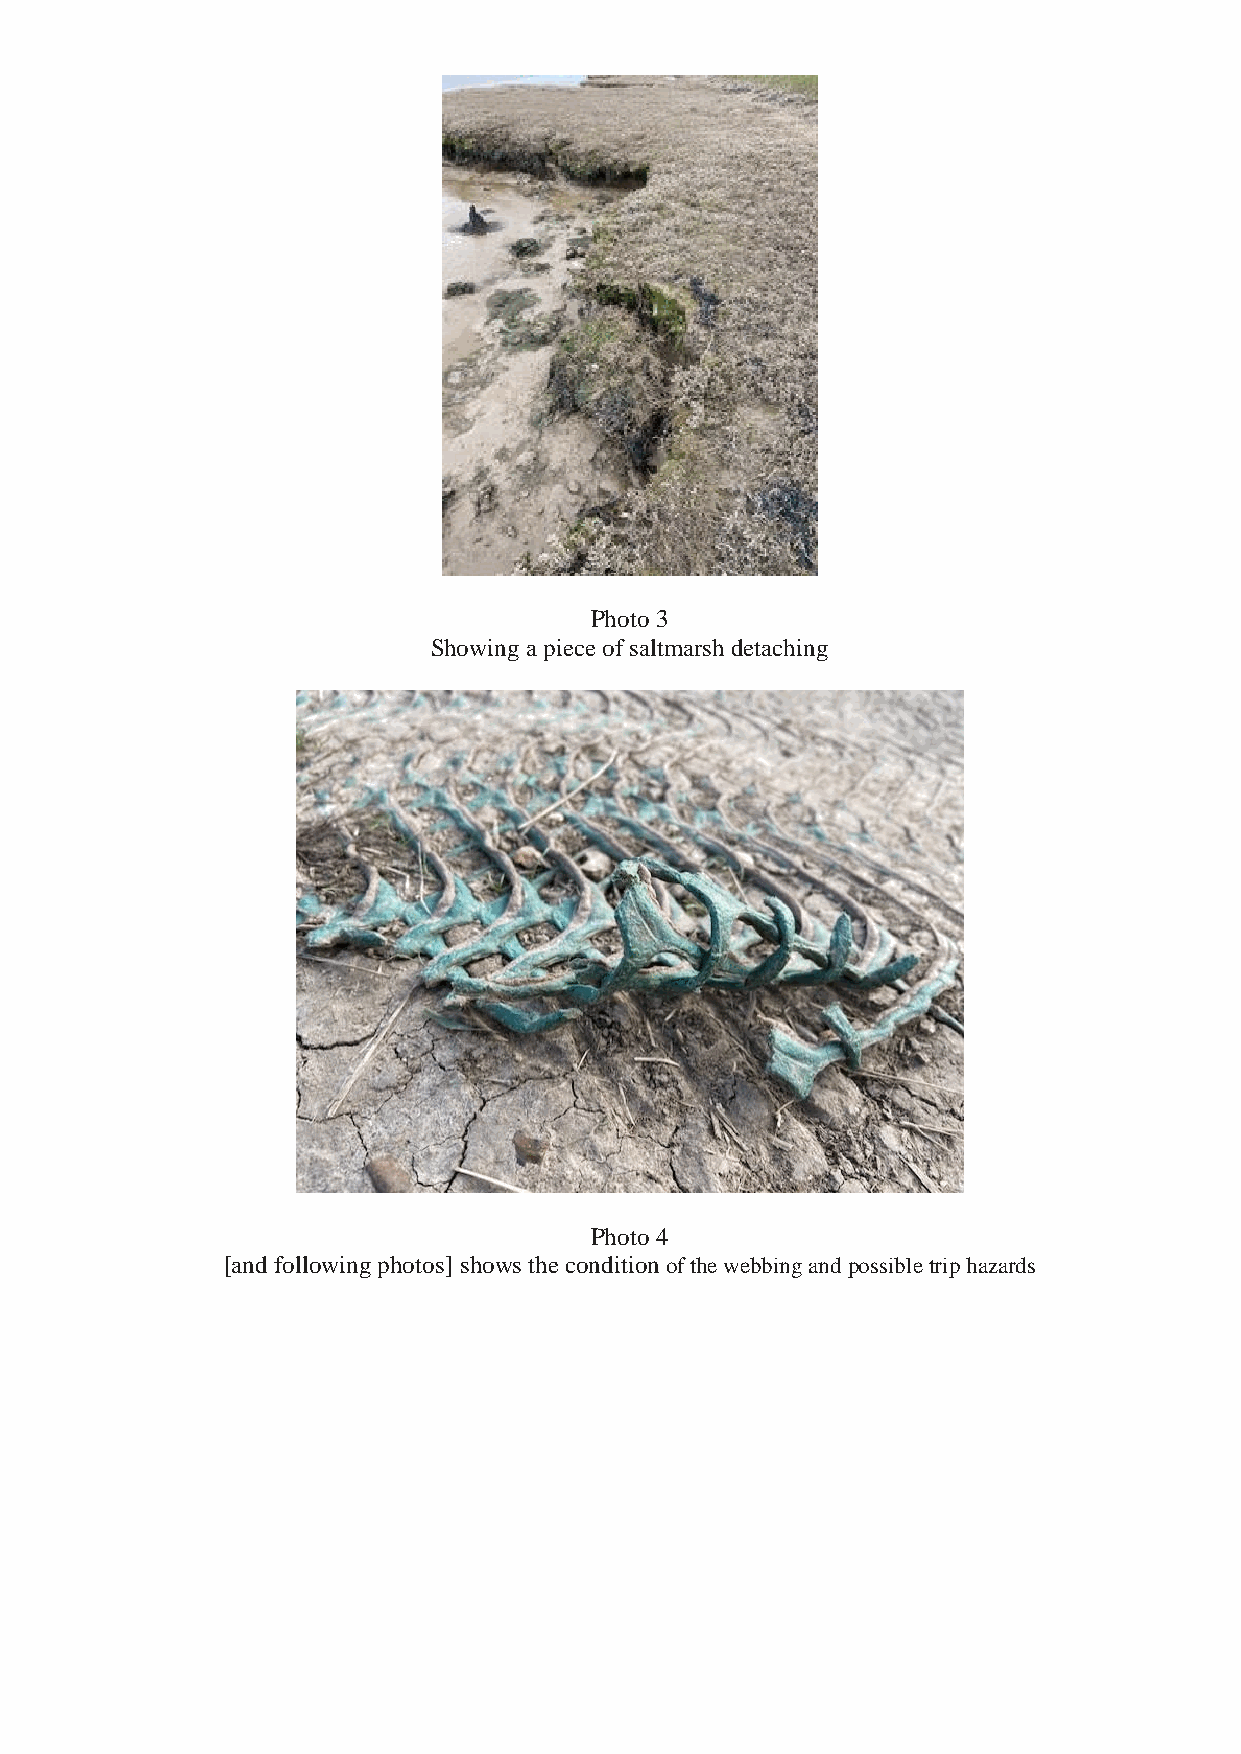
Photo 3
 Showing a piece of saltmarsh detaching
 Photo 4
 [and following photos] shows the condition of the webbing and possible trip hazards